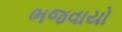
ભજવાયો